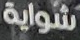
شواية